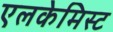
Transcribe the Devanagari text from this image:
एलकेमिस्ट